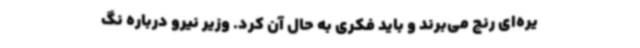
یره‌ای رنج می‌برند و باید فکری به حال آن کرد. وزیر نیرو درباره نگ